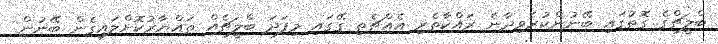
ބްލީޗްގެ ގޮތުގައި ބޭނުންކުރެވިދާނެ ރައްކާތެރި އެއްޗެތި ގޭގައި މިފަދަ ބްލީޗެއް ތައްޔާރުކޮށްލައިގެން ބޭނުން